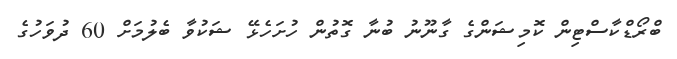
ބްރޯޑްކާސްޓިން ކޮމިޝަންގެ ގާނޫނު ބުނާ ގޮތުން ހުށަހެޅޭ ޝަކުވާ ބެލުމަށް 60 ދުވަހުގެ